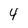
Character: 4